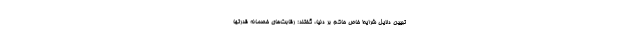
تبیین دلایل شرایط خاص حاکم بر دنیا، گفتند: رقابت‌های خصمانه قدرتها